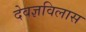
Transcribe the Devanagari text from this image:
देवज्ञविलास